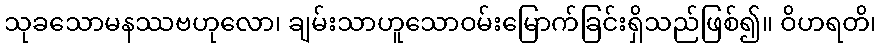
သုခသောမနဿဗဟုလော၊ ချမ်းသာဟူသောဝမ်းမြောက်ခြင်းရှိသည်ဖြစ်၍။ ဝိဟရတိ၊